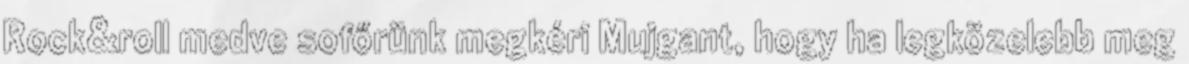
Rock&roll medve sofőrünk megkéri Mujgant, hogy ha legközelebb meg